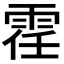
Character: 𫕤